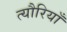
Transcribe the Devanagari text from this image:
त्यौरियाँ